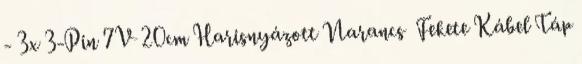
- 3x 3-Pin 7V 20cm Harisnyázott Narancs Fekete Kábel Táp